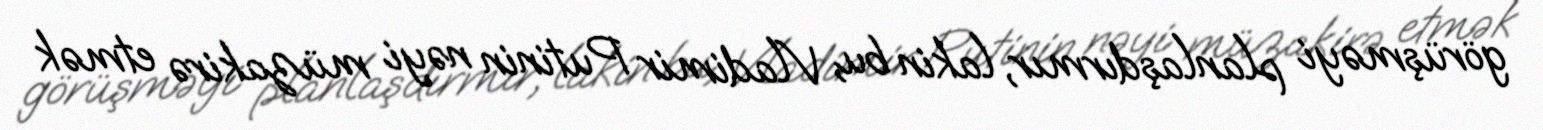
görüşməyi planlaşdırmır, lakin bu, Vladimir Putinin nəyi müzakirə etmək